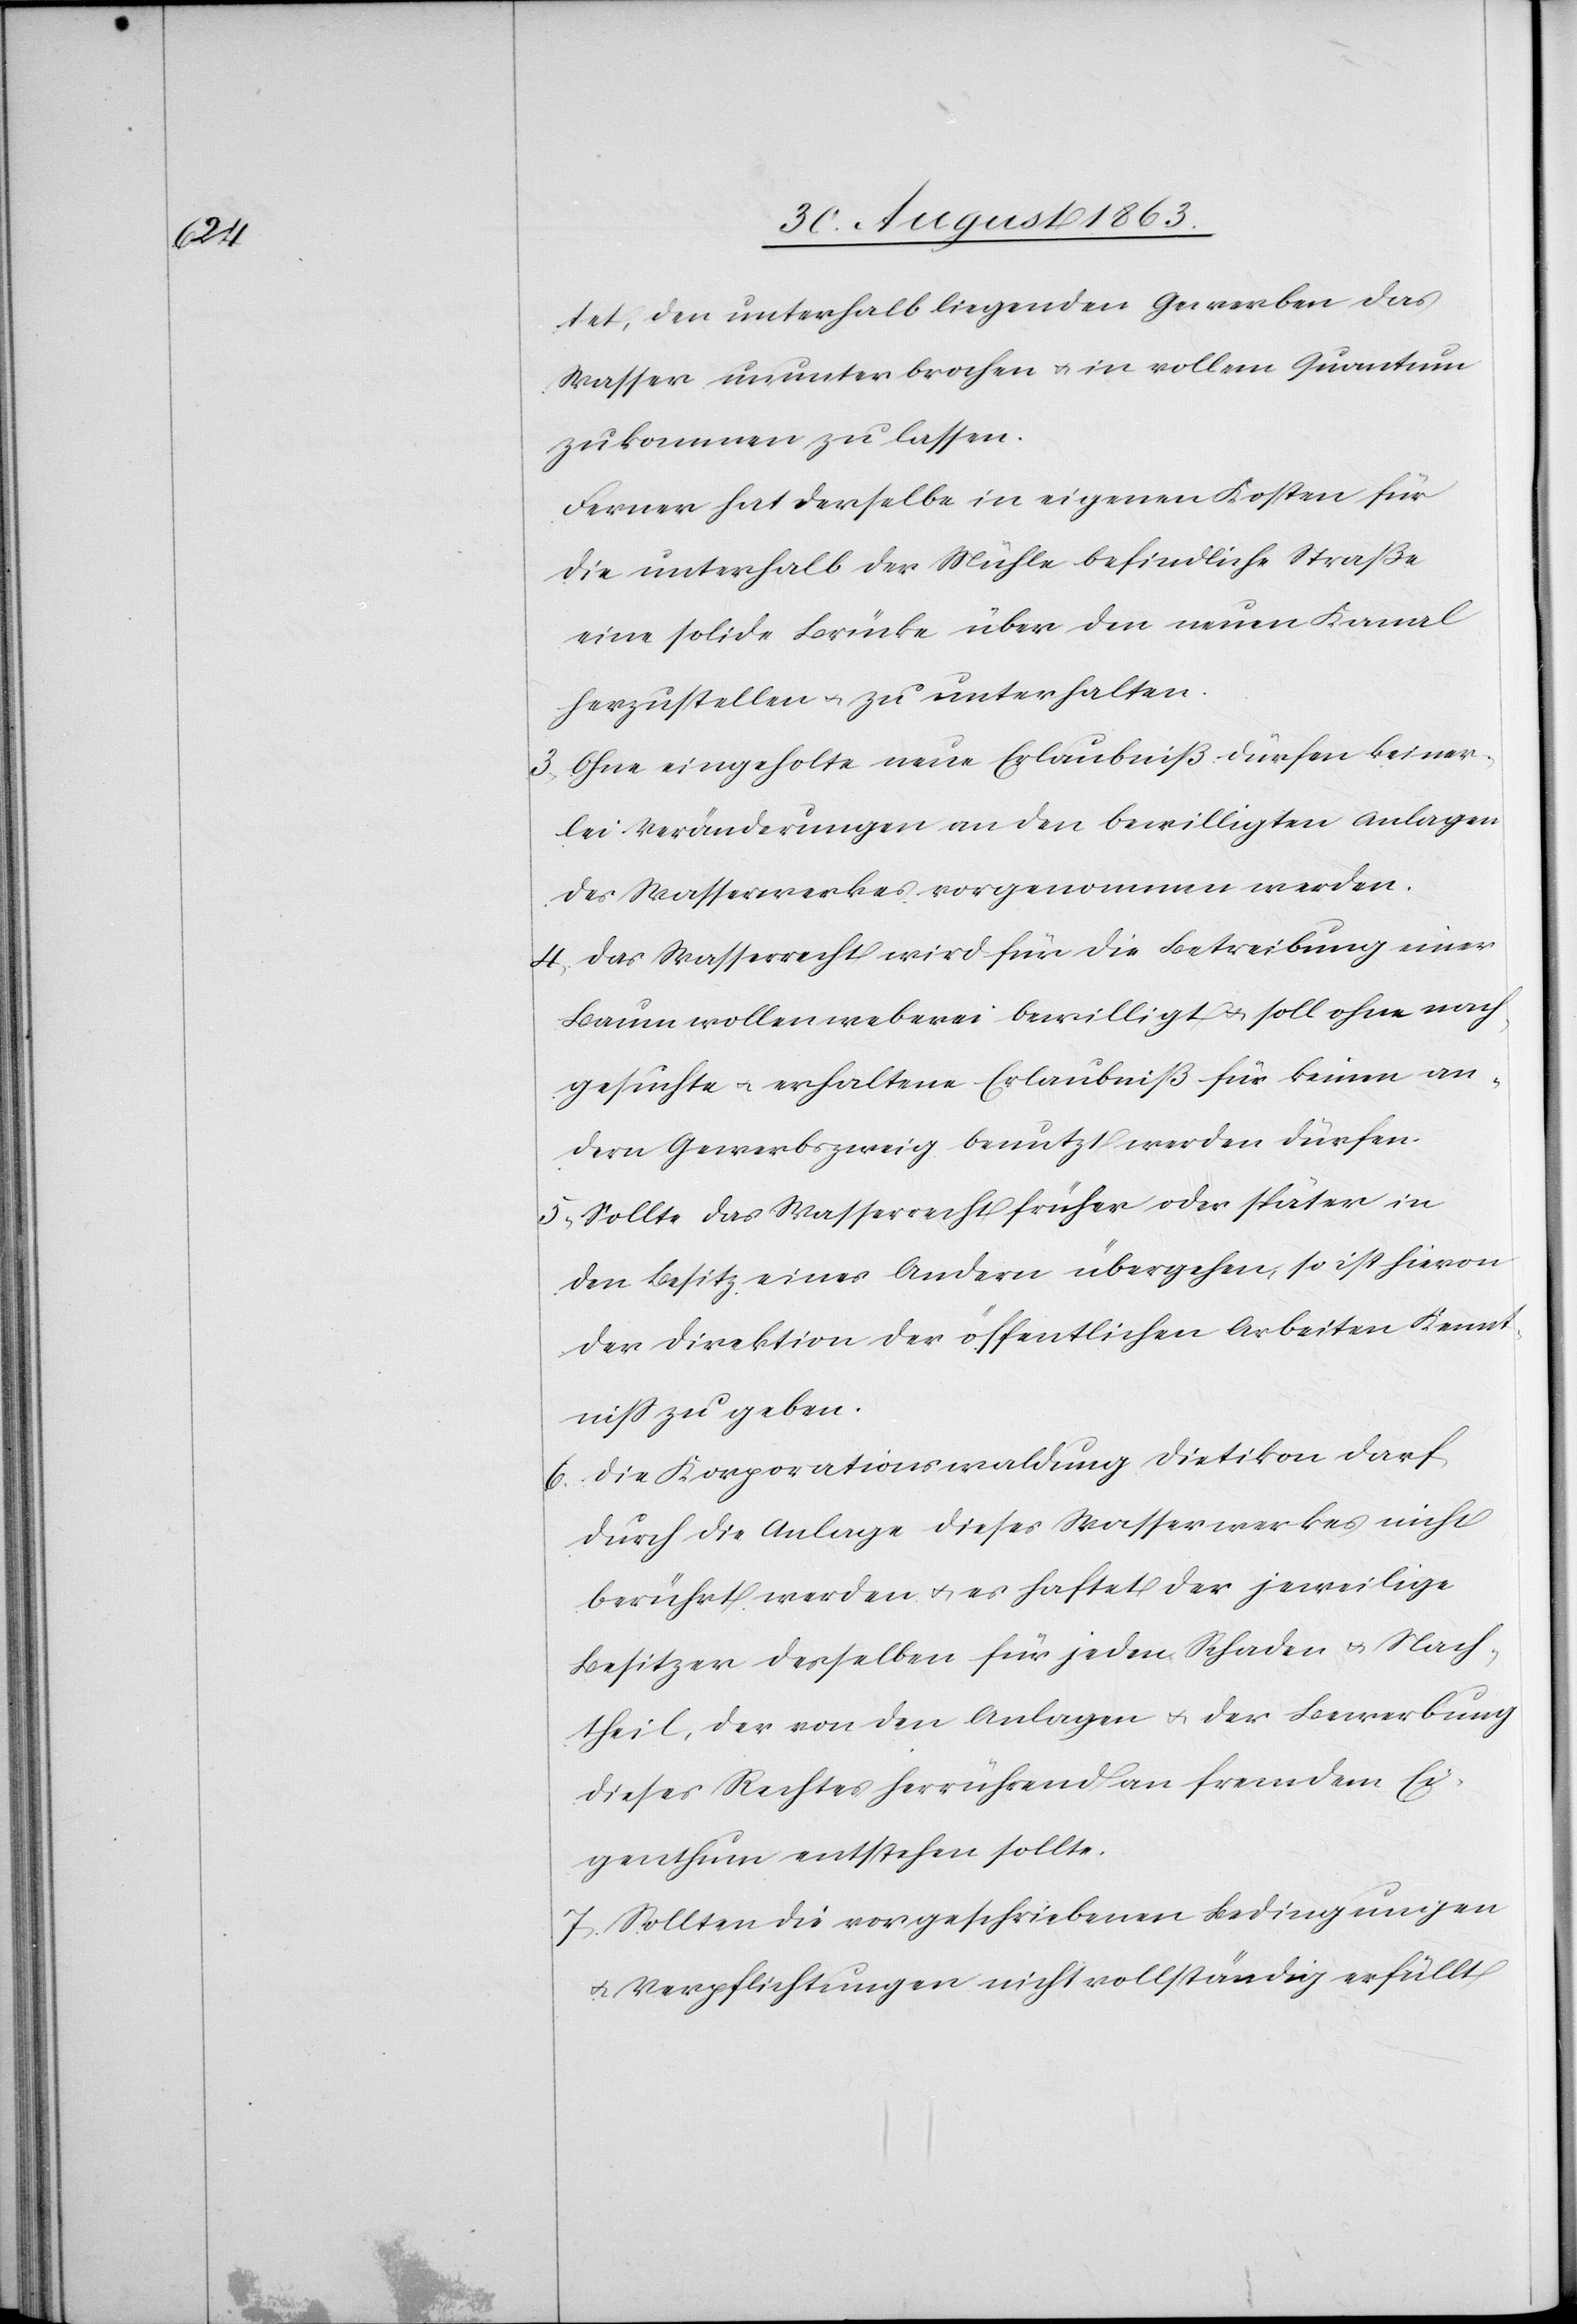
tet, den unterhalb liegenden Gewerben das
Wasser ununterbrochen u. in vollem Quantum
zukommen zu lassen.
Ferner hat derselbe in eigene Kosten für
die unterhalb der Mühle befindliche Straße
eine solide Brücke über den neuen Kanal
herzustellen u. zu unterhalten.
3) Ohne eingeholte neue Erlaubniß dürfen keiner¬
lei Veränderungen an den bewilligten Anlagen
des Wasserwerkes vorgenommen werden.
4) Das Wasserrecht wird für die Betreibung einer
Baumwollenweberei bewilligt u. soll ohne nach¬
gesuchte u. erhaltene Erlaubniß für keinen an¬
dern Gewerbszweig benutzt werden dürfen.
5) Sollte das Wasserrecht früher oder später in
den Besitz eines Andern übergehen, so ist hievon
der Direktion der öffentlichen Arbeiten Kennt¬
niß zu geben.
6) Die Korporationswaldung Dietikon darf
durch die Anlage dieses Wasserwerkes nicht
berührt werden u. es haftet der jeweilige
Besitzer derselben für jeden Schaden u. Nach¬
theil, der von den Anlagen u. der Bewerbung
dieses Rechtes herrührend an fremdem Ei¬
genthum entstehen sollte.
7) Sollten die vorgeschriebene Bedingungen
u. Verpflichtungen nicht vollständig erfüllt